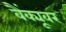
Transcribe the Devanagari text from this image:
वैंक्यूवर